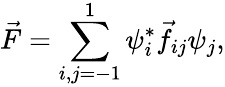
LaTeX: \vec{F}=\sum_{i,j=-1}^{1}\psi_{i}^{*}\vec{f}_{ij}\psi_{j},